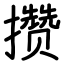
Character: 攒